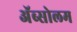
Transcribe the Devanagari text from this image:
अॅब्सोलम